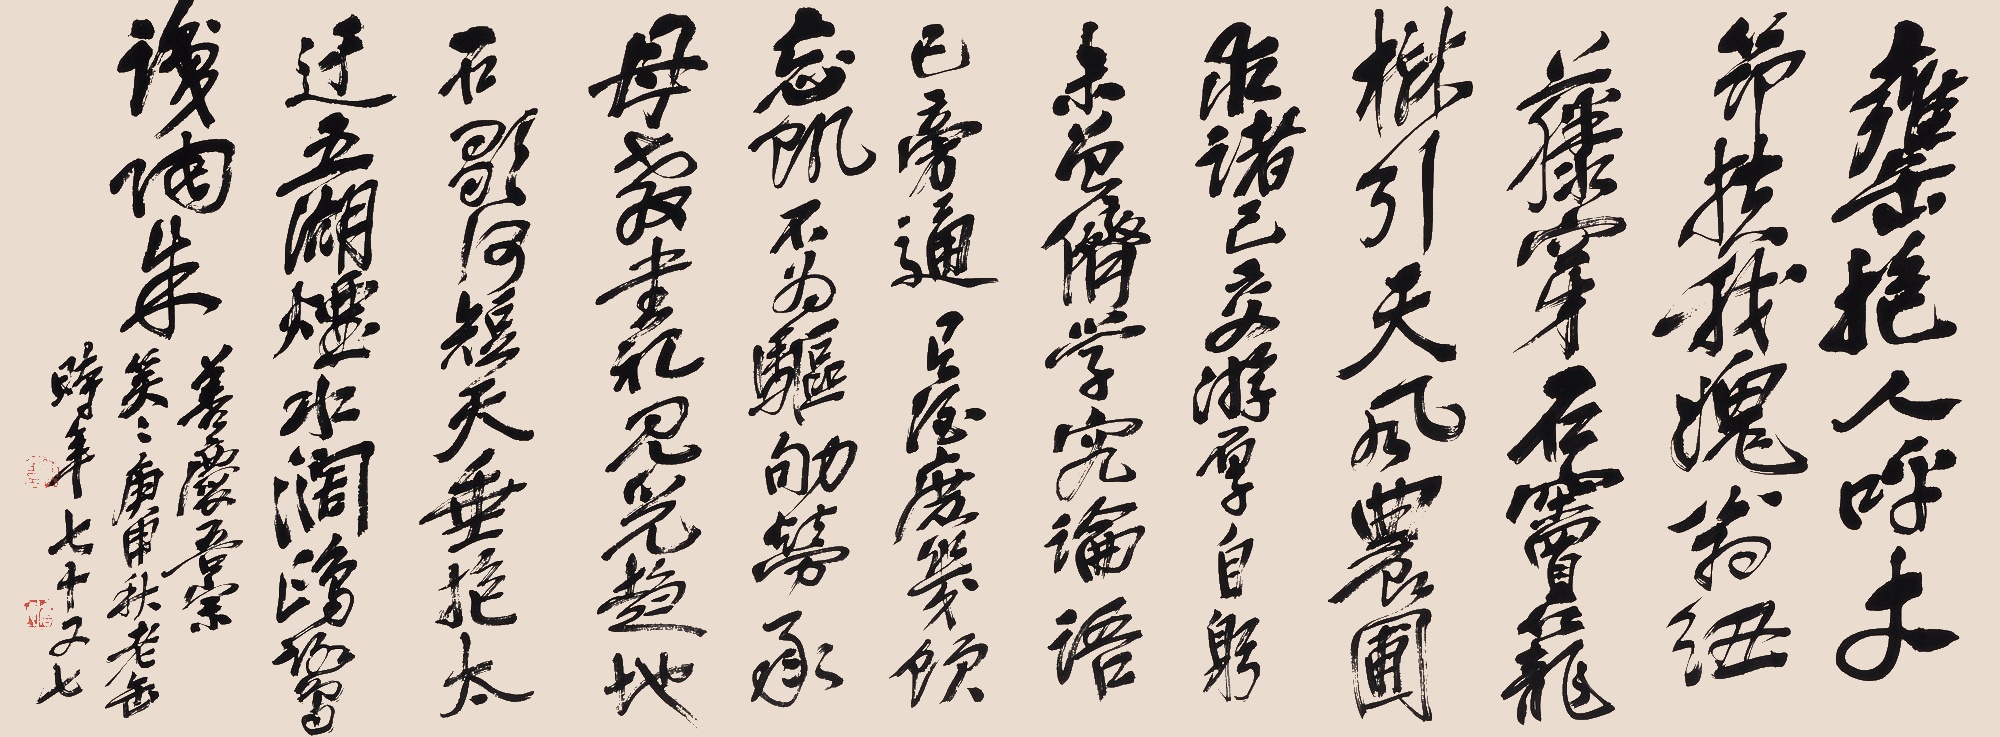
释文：瓮抱人呼丈，筇扶我媿翁。纽藤穿石窦，笼树引天风。农圃求诸己，交游厚自躬。未曾侪学究，论语已旁通。有酒庶几饮，忘饥不为驱。劬劳承母教，书祀见儿趋。地石歌何短，天垂抱太迂。五湖烟水阔，鸥鹭识陶朱。善庆吾宗笑笑，庚申秋，老缶时年七十又七。